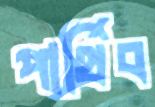
পার্থিব